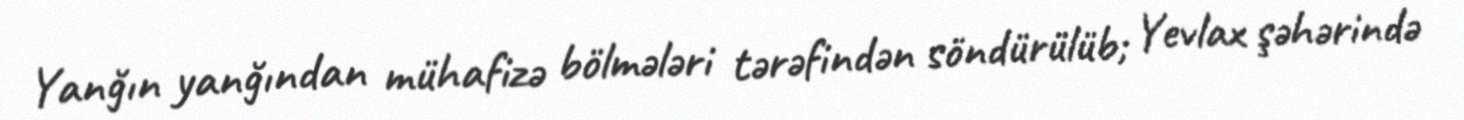
Yanğın yanğından mühafizə bölmələri tərəfindən söndürülüb; Yevlax şəhərində